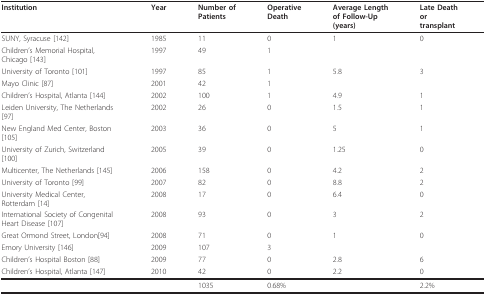
<table><thead><tr><td><b>Institution</b></td><td><b>Year</b></td><td><b>Number ofPatients</b></td><td><b>OperativeDeath</b></td><td><b>Average Lengthof Follow-Up(years)</b></td><td><b>Late Deathortransplant</b></td></tr></thead><tbody><tr><td>SUNY, Syracuse [142]</td><td>1985</td><td>11</td><td>0</td><td>1</td><td>0</td></tr><tr><td>Children&#x27;s Memorial Hospital,Chicago [143]</td><td>1997</td><td>49</td><td>1</td><td></td><td></td></tr><tr><td>University of Toronto [101]</td><td>1997</td><td>85</td><td>1</td><td>5.8</td><td>3</td></tr><tr><td>Mayo Clinic [87]</td><td>2001</td><td>42</td><td>1</td><td></td><td></td></tr><tr><td>Children&#x27;s Hospital, Atlanta [144]</td><td>2002</td><td>100</td><td>1</td><td>4.9</td><td>1</td></tr><tr><td>Leiden University, The Netherlands[97]</td><td>2002</td><td>26</td><td>0</td><td>1.5</td><td>1</td></tr><tr><td>New England Med Center, Boston[105]</td><td>2003</td><td>36</td><td>0</td><td>5</td><td>1</td></tr><tr><td>University of Zurich, Switzerland[100]</td><td>2005</td><td>39</td><td>0</td><td>1.25</td><td>0</td></tr><tr><td>Multicenter, The Netherlands [145]</td><td>2006</td><td>158</td><td>0</td><td>4.2</td><td>2</td></tr><tr><td>University of Toronto [99]</td><td>2007</td><td>82</td><td>0</td><td>8.8</td><td>2</td></tr><tr><td>University Medical Center,Rotterdam [14]</td><td>2008</td><td>17</td><td>0</td><td>6.4</td><td>0</td></tr><tr><td>International Society of CongenitalHeart Disease [107]</td><td>2008</td><td>93</td><td>0</td><td>3</td><td>2</td></tr><tr><td>Great Ormond Street, London[94]</td><td>2008</td><td>71</td><td>0</td><td>1</td><td>0</td></tr><tr><td>Emory University [146]</td><td>2009</td><td>107</td><td>3</td><td></td><td></td></tr><tr><td>Children&#x27;s Hospital Boston [88]</td><td>2009</td><td>77</td><td>0</td><td>2.8</td><td>6</td></tr><tr><td>Children&#x27;s Hospital, Atlanta [147]</td><td>2010</td><td>42</td><td>0</td><td>2.2</td><td>0</td></tr><tr><td></td><td></td><td>1035</td><td>0.68%</td><td></td><td>2.2%</td></tr></tbody></table>